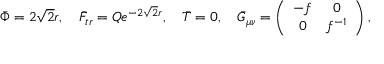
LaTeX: \bar { \Phi } = 2 \sqrt 2 r , ~ ~ ~ \bar { F } _ { t r } = Q e ^ { - 2 \sqrt 2 r } , ~ ~ ~ \bar { T } = 0 , { } ~ ~ ~ \bar { G } _ { \mu \nu } = \left( \begin{array} { c c } { { - f } } & { { 0 } } \\ { { 0 } } & { { f ^ { - 1 } } } \end{array} \right) ,